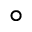
^ \circ